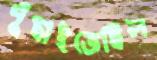
পুঁছাইতেছিল